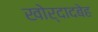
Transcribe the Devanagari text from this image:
खोर्दादबेह